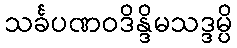
သင်္ခပဏဝဒိန္ဒိမသဒ္ဒမ္ပိ